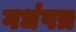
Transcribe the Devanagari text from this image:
गधंपत्र